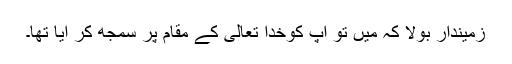
زمیندار بولا کہ مَیں تو آپ کوخدا تعالیٰ کے مقام پر سمجھ کر آیا تھا۔